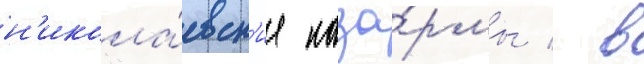
н'икола́евск'ие каза́рмы / в